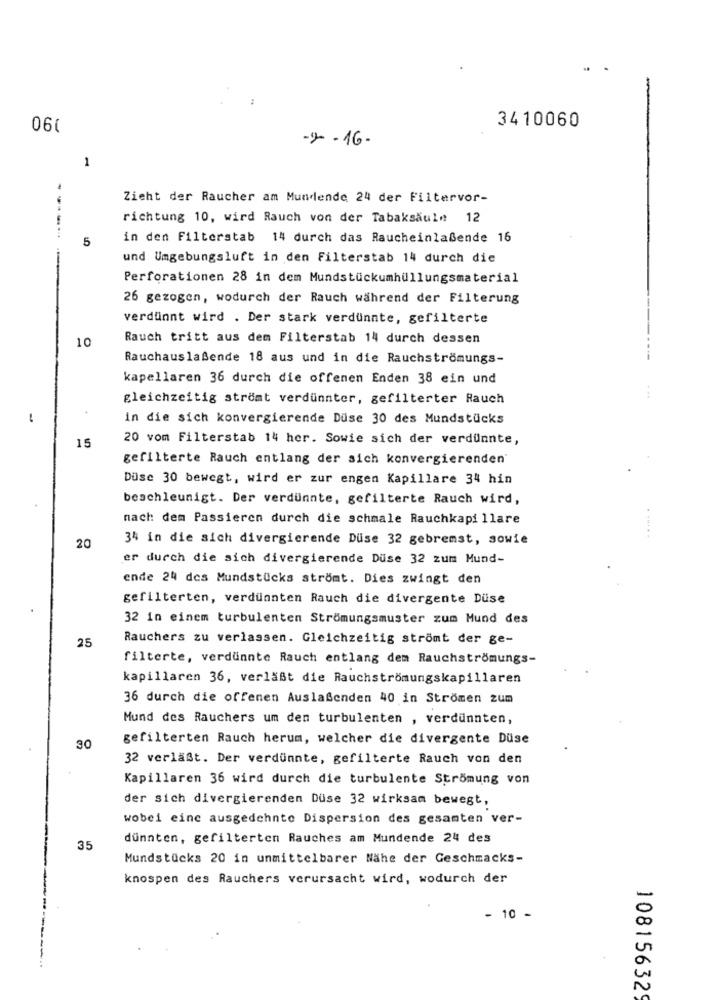
3410060
06(
-2 -16-
1
Zieht der Raucher am Mundende 24 der Filtervor-
richtung 10, wird Rauch von der Tabaksaul# 12
5
in den Filterstab 14 durch das Raucheinlaßende 16
-
und Umgebungsluft in den Filterstab 14 durch die
Perforationen 28 in dem Mundstückumhüllungsmaterial
26 gezogen, wodurch der Rauch während der Filterung
verdünnt wird . Der stark verdünnte, gefilterte
10
Rauch tritt aus dem Filterstab 14 durch dessen
....
Rauchauslaßende 18 aus und in die Rauchströmungs-
kapellaren 36 durch die offenen Enden 38 ein und
gleichzeitig strömt verdünnter, gefilterter Rauch
in die sich konvergierende Düse 30 des Mundstücks
15
20 vom Filterstab 14 her. Sowie sich der verdünnte,
gefilterte Rauch entlang der sich konvergierenden
Düse 30 bewegt, wird er zur engen Kapillare 34 hin
beschleunigt. Der verdünnte, gefilterte Rauch wird,
nach dem Passieren durch die schmale Rauchkapi llare
. .....
34 in die sich divergicrende Düse 32 gebremst, sowie
20
er durch die sich divergierende Duse 32 zum Mund-
ende 24 des Mundstücks strömt. Dies zwingt den
gefilterten, verdünnten Rauch die divergente Düse
32 in einem turbulenten Strömungsmuster zum Mund des
Rauchers zu verlassen. Gleichzeitig strömt der ge-
25
filterte, verdunnte Rauch entlang dem Rauchströmungs-
kapillaren 36, verläßt die Rauchströmungskapillaren
36 durch die offenen Auslaßenden 40 in Strömen zum
Mund des Rauchers um den turbulenten , verdünnten,
gefilterten Rauch herum, welcher die divergente Düse
30
32 verläßt. Der verdünnte, gefilterte Rauch von den
Kapillaren 36 wird durch die turbulente Strömung von
der sich divergierenden Düse 32 wirksam bewegt,
wobei eine ausgedehnte Dispersion des gesamten ver-
dünnten, gefilterten Rauches am Mundende 24 des
35
Mundstücks 20 in unmittelbarer Nähe der Geschmacks-
knospen des Rauchers verursacht wird, wodurch der
- 10 -
10815632